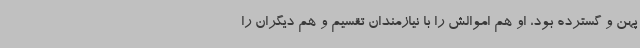
پهن و گسترده بود، او هم اموالش را با نیازمندان تقسیم و هم دیگران را